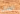
المنزل